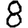
Digit: 8